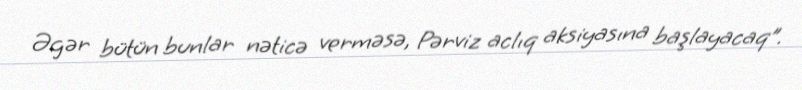
Əgər bütün bunlar nəticə verməsə, Pərviz aclıq aksiyasına başlayacaq”.